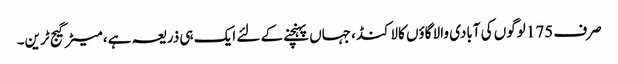
صرف 175 لوگوں کی آبادی والا گاؤں کالاکنڈ، جہاں پہنچنے کے لئے ایک ہی ذریعہ ہے، میٹر گیج ٹرین۔